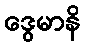
ဒွေမာနိ